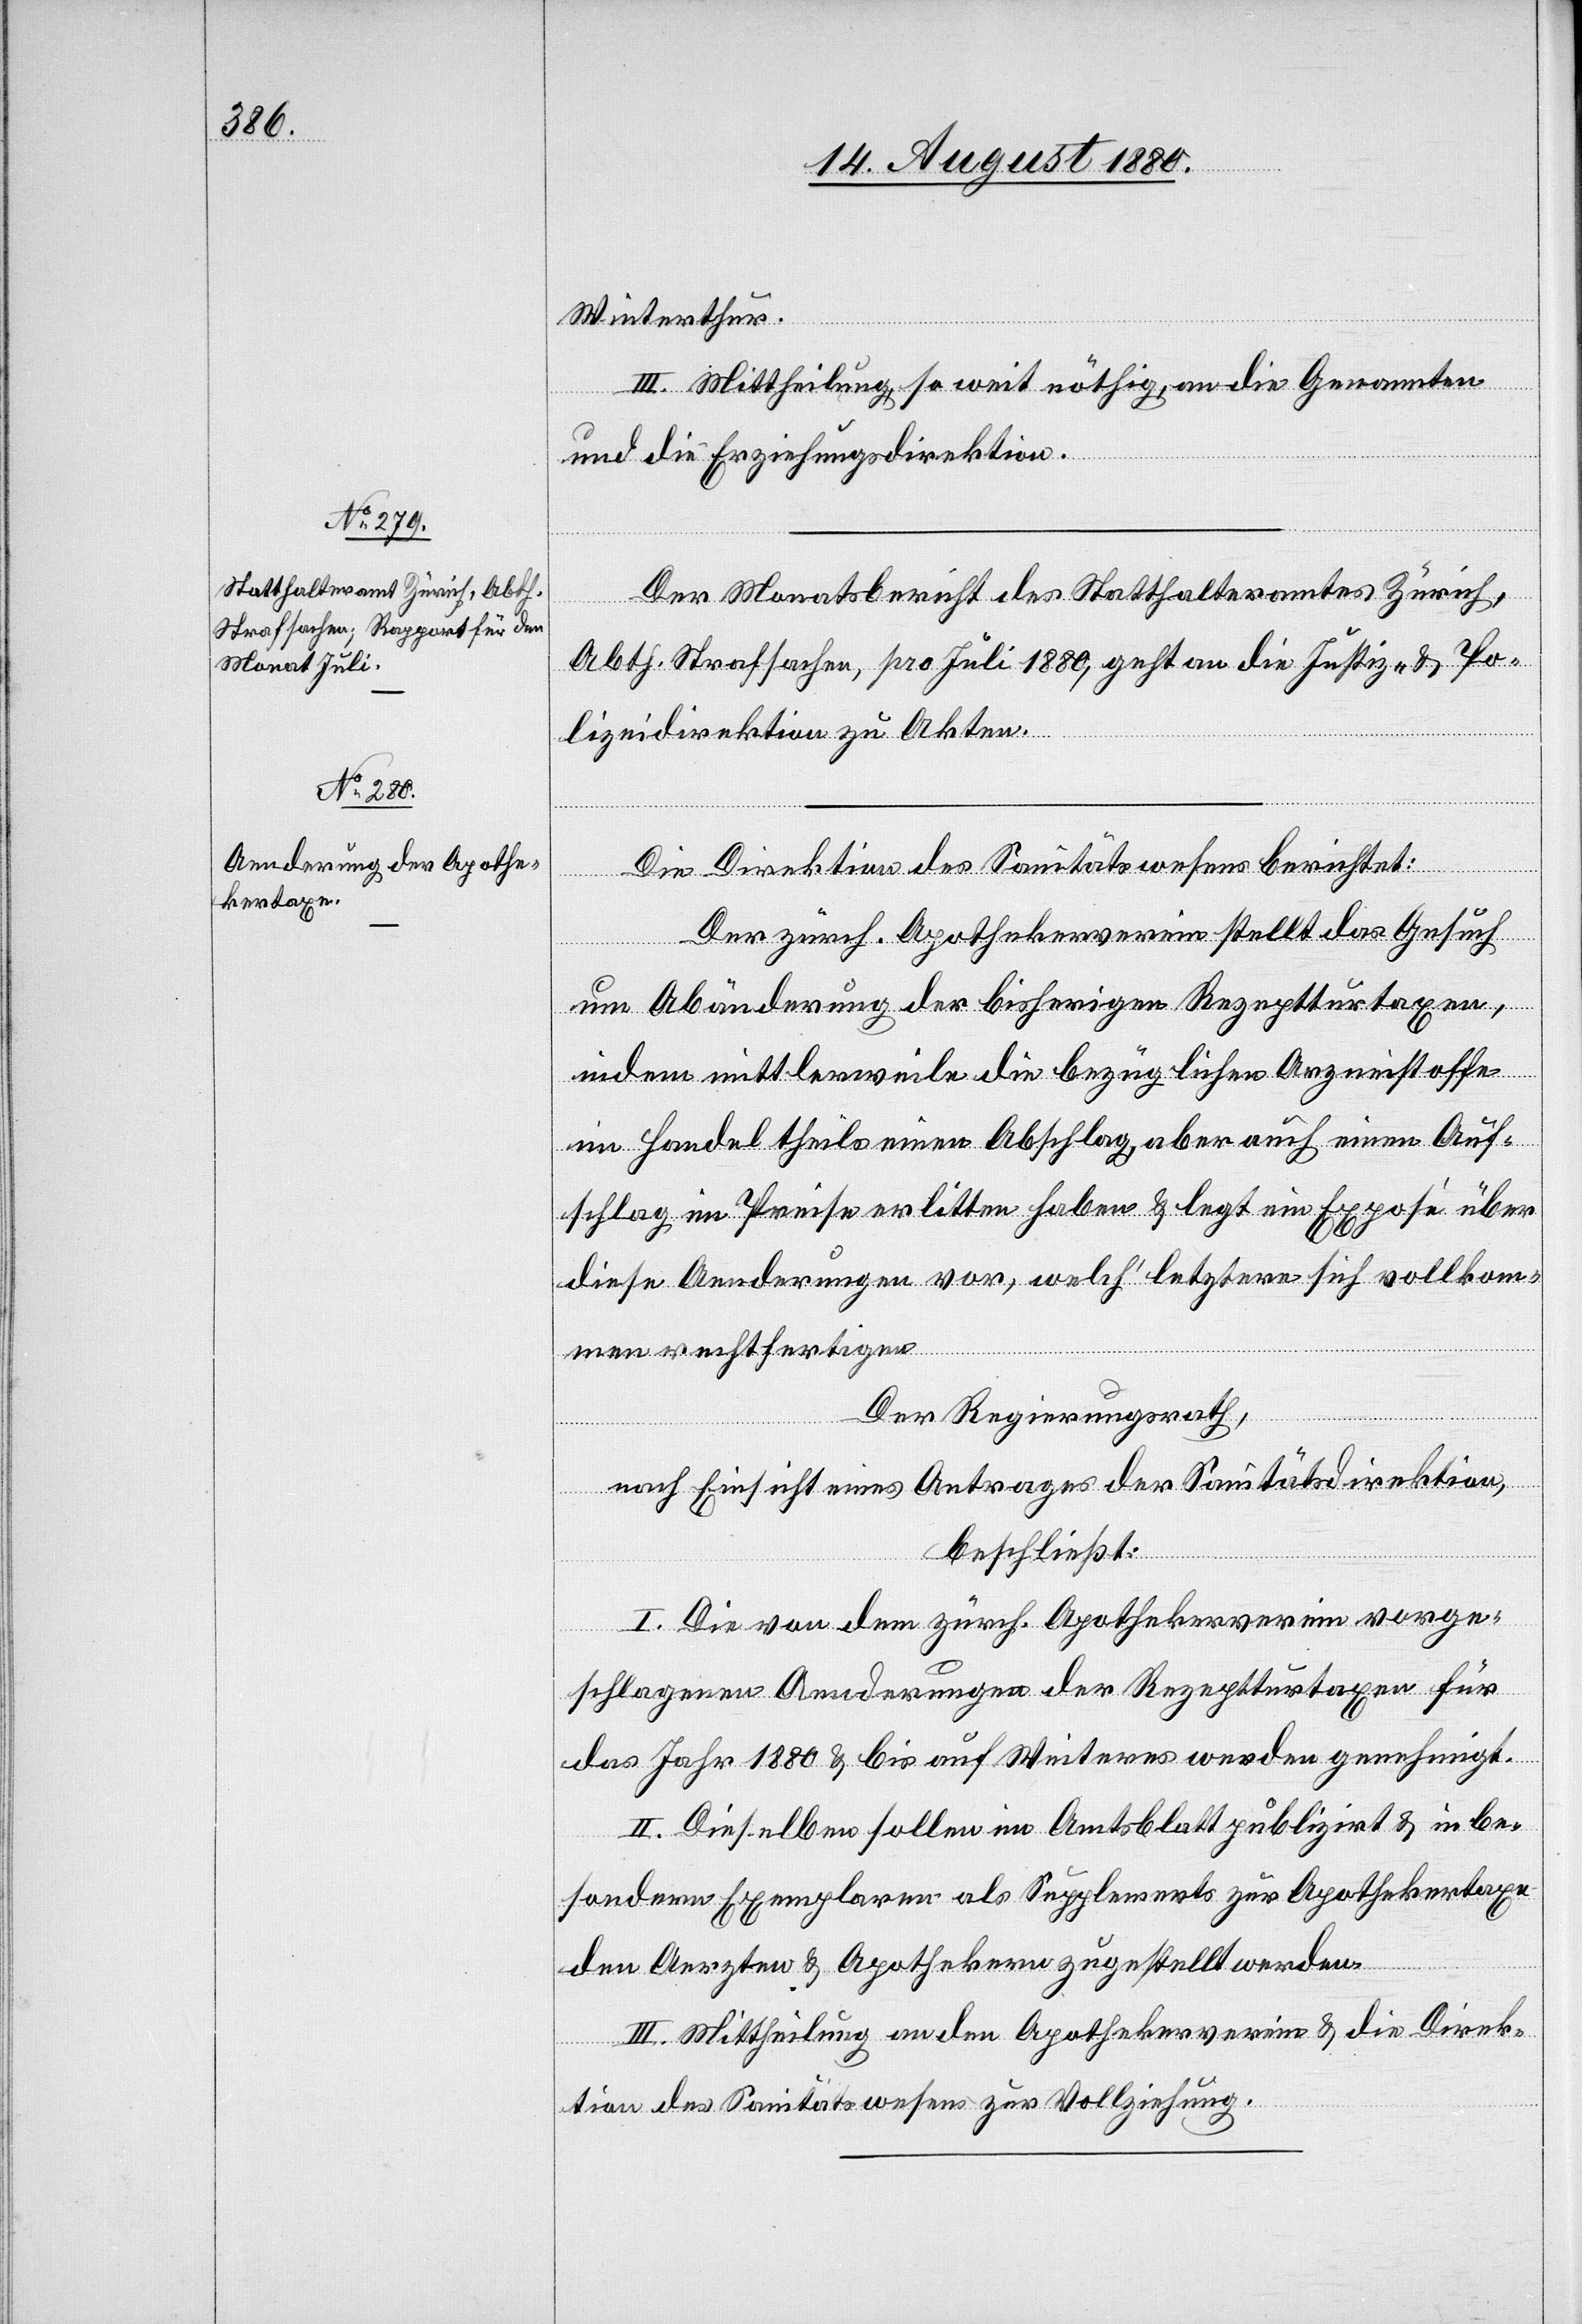
Winterthur.
III. Mittheilung so weit nöthig an die Genannten
und die Erziehungsdirektion.
Der Monatsbericht des Statthalteramtes Zürich,
Abth. Strafsachen, pro Juli 1880, geht an die Justiz- & Po¬
lizeidirektion zu Akten.
Die Direktion des Sanitätswesens berichtet:
Der zürch. Apothekerverein stellt das Gesuch
um Abänderung der bisherigen Rezepturtaxen,
indem mittlerweile die bezüglichen Arzneistoffe
im Handel theils einen Abschlag aber auch einen Auf¬
schlag im Preise erlitten haben & legt ein Exposé über
diese Aenderungen vor, welch‘ letztere sich vollkom¬
men rechtfertigen.
Der Regierungsrath,
nach Einsicht eines Antrages der Sanitätsdirektion,
beschließt:
I. Die von dem zürich. Apothekerverein vorge¬
schlagenen Aenderungen der Rezepturtaxe für
das Jahr 1880 & bis auf Weiteres werden genehmigt.
II. Dieselben sollen im Amtsblatt publizirt & in be¬
sonderen Exemplaren als Supplements zur Apothekertaxe
den Aerzten & Apothekern zugestellt werden.
III. Mittheilung an den Apothekerverein & die Direk¬
tion des Sanitätswesens zur Vollziehung.